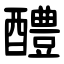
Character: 醴